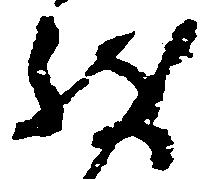
致